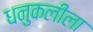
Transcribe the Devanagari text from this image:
धनुकलीला